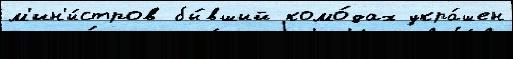
м'ин'и́стров бы́вший комо́дах укра́шен